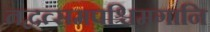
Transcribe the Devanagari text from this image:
तद्वत्समपश्चिमगानि